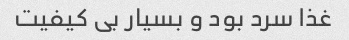
غذا سرد بود و بسیار بی کیفیت